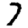
Digit: 7